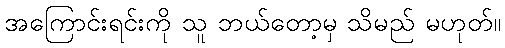
အကြောင်းရင်းကို သူ ဘယ်တော့မှ သိမည် မဟုတ်။